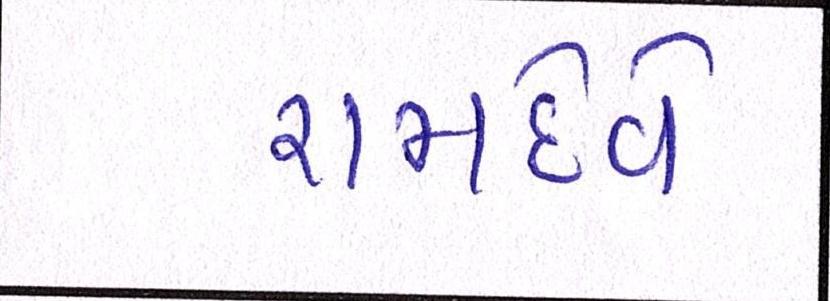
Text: રામદેવે